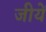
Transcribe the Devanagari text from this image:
जीयें